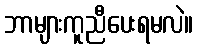
ဘာများကူညီပေးရမလဲ။